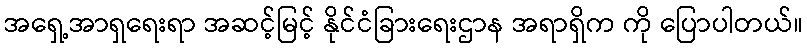
အရှေ့အာရှရေးရာ အဆင့်မြင့် နိုင်ငံခြားရေးဌာန အရာရှိက ကို ပြောပါတယ်။